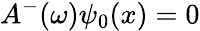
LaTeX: A^{-}(\omega)\psi_{0}(x)=0